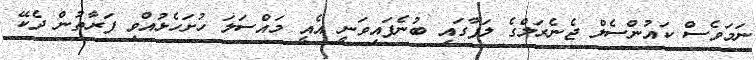
ނަމަވެސް ކައުންސެލް ޖެނެރަލްގެ ލަފާގައި ބުނެފައިވަނީ އެއީ މައްސަލަ ހުށަހެޅުއްވި ފަރާތުން ދެކޭ